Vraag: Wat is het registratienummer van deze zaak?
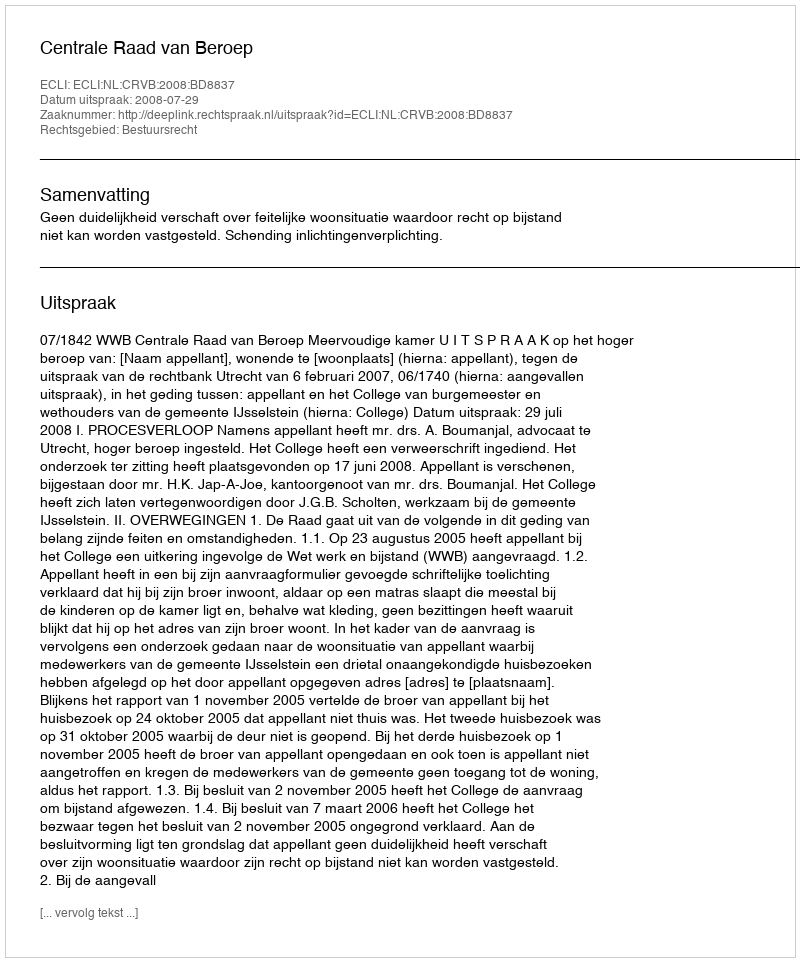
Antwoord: http://deeplink.rechtspraak.nl/uitspraak?id=ECLI:NL:CRVB:2008:BD8837